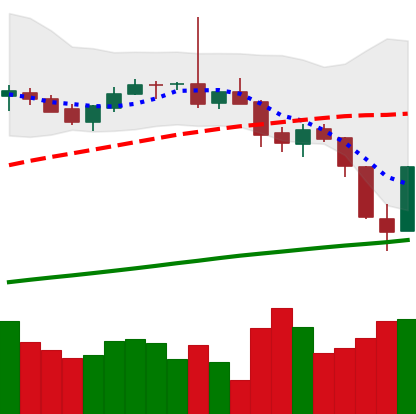
Ticker: BTC-USD
Chart end date: 2017-07-17
Forward return: 26.104%
Label: up_7plus